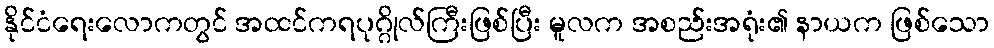
နိုင်ငံရေးလောကတွင် အထင်ကရပုဂ္ဂိုလ်ကြီးဖြစ်ပြီး မူလက အစည်းအရုံး၏ နာယက ဖြစ်သော